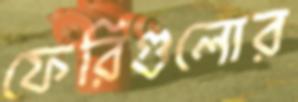
ফেরিগুলোর